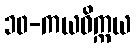
၁၀-ကယဝိက္ကယ